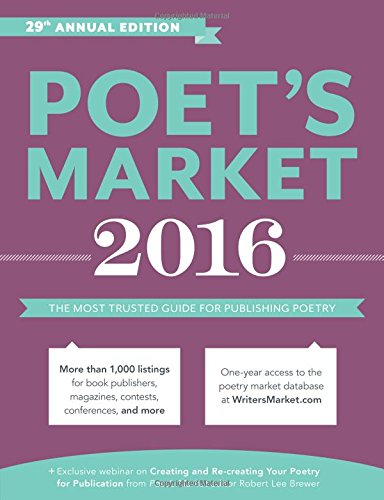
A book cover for Poet's Market 2016: The Most Trusted Guide for Publishing Poetry; Literature & Fiction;